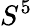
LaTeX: S^{5}